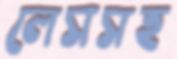
লেসসহ